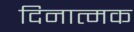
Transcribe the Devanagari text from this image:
दिनात्मक